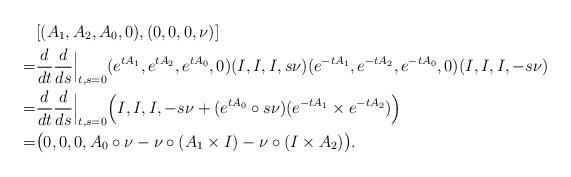
LaTeX: \begin{align*}&[(A_1,A_2,A_0,0),(0,0,0,\nu)]\\=&\frac{d}{dt}\frac{d}{ds}\Big|_{t,s=0} (e^{tA_1},e^{tA_2},e^{tA_0},0)(I,I,I,s\nu)(e^{-tA_1},e^{-tA_2},e^{-tA_0},0)(I,I,I,-s\nu)\\=&\frac{d}{dt}\frac{d}{ds}\Big|_{t,s=0} \Big(I,I,I,-s\nu+(e^{tA_0} \circ s\nu)(e^{-tA_1}\times e^{-tA_2})\Big)\\=&\big(0,0,0,A_0\circ \nu-\nu\circ (A_1\times I)-\nu\circ (I\times A_2)\big).\end{align*}